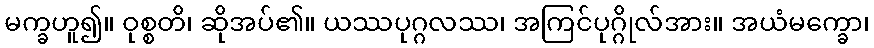
မက္ခဟူ၍။ ဝုစ္စတိ၊ ဆိုအပ်၏။ ယဿပုဂ္ဂလဿ၊ အကြင်ပုဂ္ဂိုလ်အား။ အယံမက္ခော၊